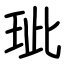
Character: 玼